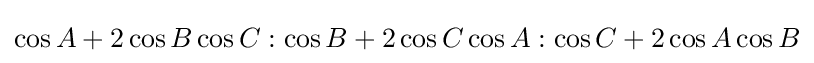
\cos A+2\cos B\cos C:\cos B+2\cos C\cos A:\cos C+2\cos A\cos B